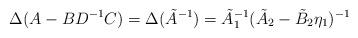
LaTeX: \begin{align*}\Delta (A-BD^{-1}C) = \Delta (\tilde A^{-1}) =\tilde A_1^{-1}(\tilde A_2 - \tilde B_2 \eta_1)^{-1}\end{align*}